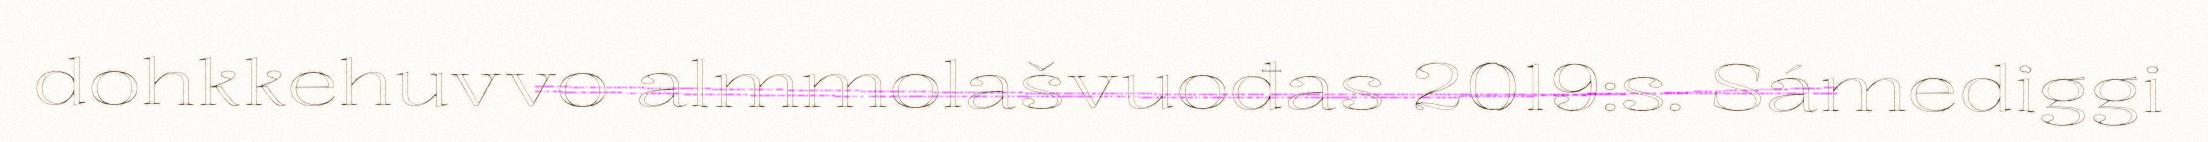
dohkkehuvvo almmolašvuođas 2019:s. Sámediggi